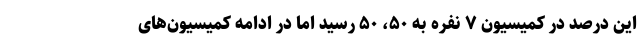
این درصد در کمیسیون ۷ نفره به ۵۰، ۵۰ رسید اما در ادامه کمیسیون‌های